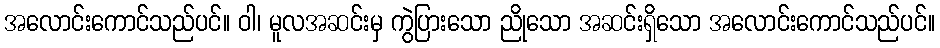
အလောင်းကောင်သည်ပင်။ ဝါ၊ မူလအဆင်းမှ ကွဲပြားသော ညိုသော အဆင်းရှိသော အလောင်းကောင်သည်ပင်။